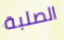
الصلبة